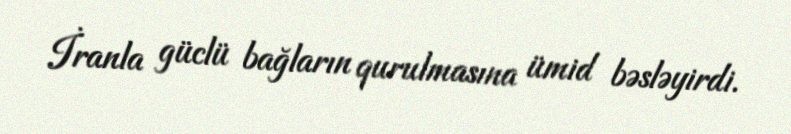
İranla güclü bağların qurulmasına ümid bəsləyirdi.